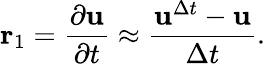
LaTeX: \mathbf{r}_{1}=\frac{\partial\mathbf{u}}{\partial t}\approx\frac{\mathbf{u}^{\Delta t}-\mathbf{u}}{\Delta t}.